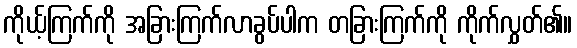
ကိုယ့်ကြက်ကို အခြားကြက်လာခွပ်ပါက တခြားကြက်ကို ကိုက်လွှတ်၏။